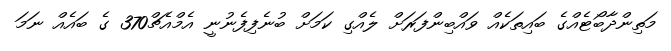
މަތިންދާބޯޓެއްގެ ބައިތަކެއް ވައްބިންފަރަށް ލެއްގި ކަމަށް ބުނެފިފެނުނީ އެމްއެޗް370 ގެ ބައެއް ނަމަ